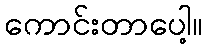
ကောင်းတာပေါ့။